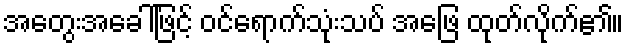
အတွေးအခေါ်ဖြင့် ဝင်ရောက်သုံးသပ် အဖြေ ထုတ်လိုက်၏။